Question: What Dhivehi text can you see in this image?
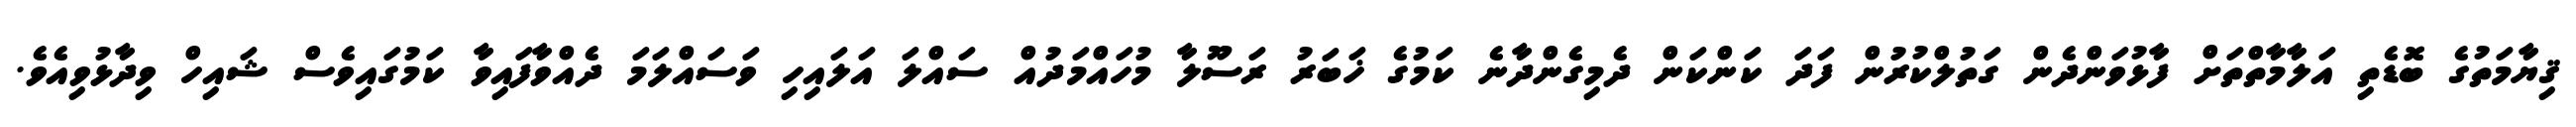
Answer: ޤިޔާމަތުގެ ބޮޑެތި އަލާމާތްތަށް ފާޅުވަންދެން ގަތުލްކުރުން ފަދަ ކަންކަން ދެމިގެންދާނެ ކަމުގެ ޚަބަރު ރަސޫލާ މުހައްމަދުއް ސައްލަ އަލައިހި ވަސައްލަމަ ދެއްވާފައިވާ ކަމުގައިވެސް ޝައިހް ވިދާޅުވިއެވެ.